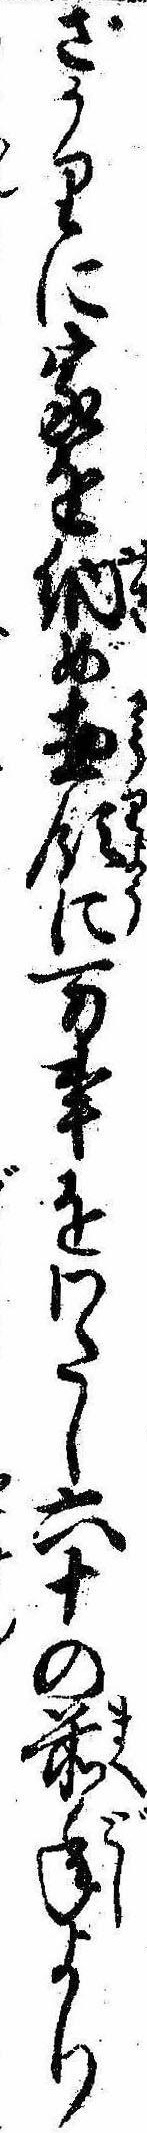
ざかりに家を納め惣領に万事をわたし六十の前年より